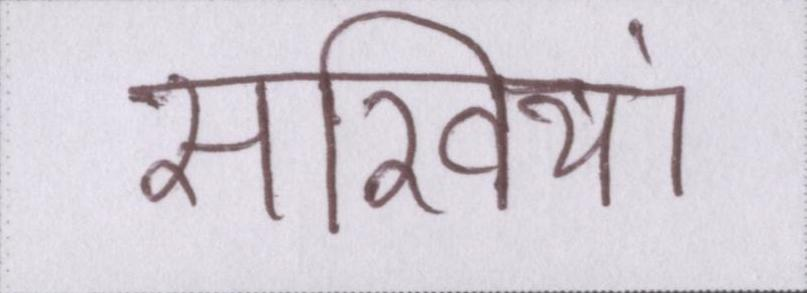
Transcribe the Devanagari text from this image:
सखियां